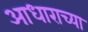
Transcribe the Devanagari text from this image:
आधाराच्या